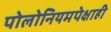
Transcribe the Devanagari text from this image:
पोलोनियमपेक्षाही